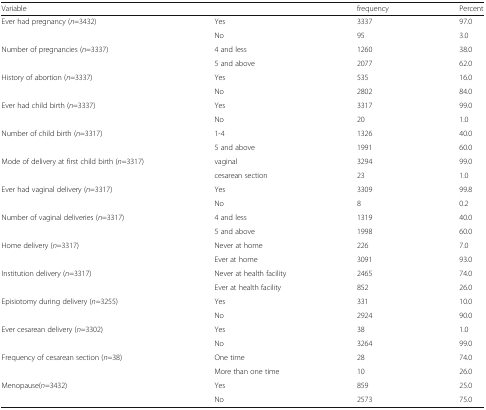
<table><thead><tr><td colspan="2"><b>Variable</b></td><td><b>frequency</b></td><td><b>Percent</b></td></tr></thead><tbody><tr><td rowspan="2">Ever had pregnancy (<i>n</i>=3432)</td><td>Yes</td><td>3337</td><td>97.0</td></tr><tr><td>No</td><td>95</td><td>3.0</td></tr><tr><td rowspan="2">Number of pregnancies (<i>n</i>=3337)</td><td>4 and less</td><td>1260</td><td>38.0</td></tr><tr><td>5 and above</td><td>2077</td><td>62.0</td></tr><tr><td rowspan="2">History of abortion (<i>n</i>=3337)</td><td>Yes</td><td>535</td><td>16.0</td></tr><tr><td>No</td><td>2802</td><td>84.0</td></tr><tr><td rowspan="2">Ever had child birth (<i>n</i>=3337)</td><td>Yes</td><td>3317</td><td>99.0</td></tr><tr><td>No</td><td>20</td><td>1.0</td></tr><tr><td rowspan="2">Number of child birth (<i>n</i>=3317)</td><td>1-4</td><td>1326</td><td>40.0</td></tr><tr><td>5 and above</td><td>1991</td><td>60.0</td></tr><tr><td rowspan="2">Mode of delivery at first child birth (<i>n</i>=3317)</td><td>vaginal</td><td>3294</td><td>99.0</td></tr><tr><td>cesarean section</td><td>23</td><td>1.0</td></tr><tr><td rowspan="2">Ever had vaginal delivery (<i>n</i>=3317)</td><td>Yes</td><td>3309</td><td>99.8</td></tr><tr><td>No</td><td>8</td><td>0.2</td></tr><tr><td rowspan="2">Number of vaginal deliveries (<i>n</i>=3317)</td><td>4 and less</td><td>1319</td><td>40.0</td></tr><tr><td>5 and above</td><td>1998</td><td>60.0</td></tr><tr><td rowspan="2">Home delivery (<i>n</i>=3317)</td><td>Never at home</td><td>226</td><td>7.0</td></tr><tr><td>Ever at home</td><td>3091</td><td>93.0</td></tr><tr><td rowspan="2">Institution delivery (<i>n</i>=3317)</td><td>Never at health facility</td><td>2465</td><td>74.0</td></tr><tr><td>Ever at health facility</td><td>852</td><td>26.0</td></tr><tr><td rowspan="2">Episiotomy during delivery (<i>n</i>=3255)</td><td>Yes</td><td>331</td><td>10.0</td></tr><tr><td>No</td><td>2924</td><td>90.0</td></tr><tr><td rowspan="2">Ever cesarean delivery (<i>n</i>=3302)</td><td>Yes</td><td>38</td><td>1.0</td></tr><tr><td>No</td><td>3264</td><td>99.0</td></tr><tr><td rowspan="2">Frequency of cesarean section (<i>n</i>=38)</td><td>One time</td><td>28</td><td>74.0</td></tr><tr><td>More than one time</td><td>10</td><td>26.0</td></tr><tr><td rowspan="2">Menopause(<i>n</i>=3432)</td><td>Yes</td><td>859</td><td>25.0</td></tr><tr><td>No</td><td>2573</td><td>75.0</td></tr></tbody></table>